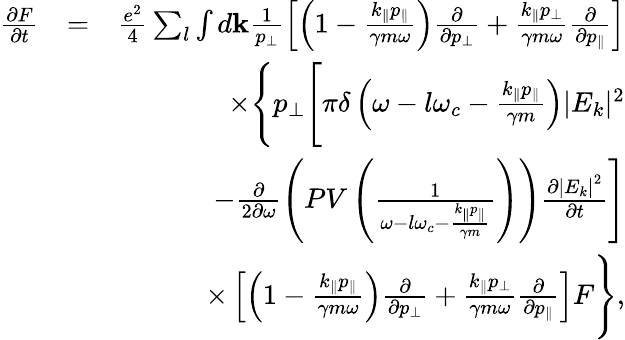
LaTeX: \begin{array}{rlr}{\frac{\partial F}{\partial t}}&{=}&{\frac{e^{2}}{4}\sum_{l}\int d\textbf{k}\frac{1}{p_{\perp}}\left[\left(1-\frac{k_{\parallel}p_{\parallel}}{\gamma m\omega}\right)\frac{\partial}{\partial p_{\perp}}+\frac{k_{\parallel}p_{\perp}}{\gamma m\omega}\frac{\partial}{\partial p_{\parallel}}\right]}\\ &{}&{\times\Bigg\lbrace p_{\perp}\Bigg[\pi\delta\left(\omega-l\omega_{c}-\frac{k_{\parallel}p_{\parallel}}{\gamma m}\right)|E_{k}|^{2}}\\ &{}&{-\frac{\partial}{2\partial\omega}\left(PV\left(\frac{1}{\omega-l\omega_{c}-\frac{k_{\parallel}p_{\parallel}}{\gamma m}}\right)\right)\frac{\partial\left|E_{k}\right|^{2}}{\partial t}\Bigg]}\\ &{}&{\times\left[\left(1-\frac{k_{\parallel}p_{\parallel}}{\gamma m\omega}\right)\frac{\partial}{\partial p_{\perp}}+\frac{k_{\parallel}p_{\perp}}{\gamma m\omega}\frac{\partial}{\partial p_{\parallel}}\right]F\Bigg\rbrace,}\end{array}